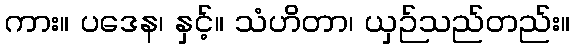
ကား။ ပဒေန၊ နှင့်။ သံဟိတာ၊ ယှဉ်သည်တည်း။